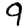
Digit: 9